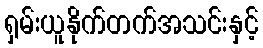
ရှမ်းယူနိုက်တက်အသင်းနှင့်